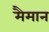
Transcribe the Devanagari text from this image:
मैमान